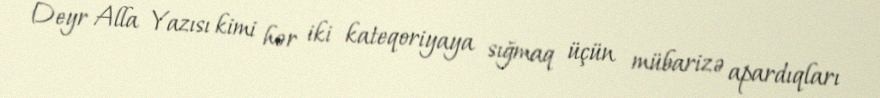
Deyr Alla Yazısı kimi hər iki kateqoriyaya sığmaq üçün mübarizə apardıqları